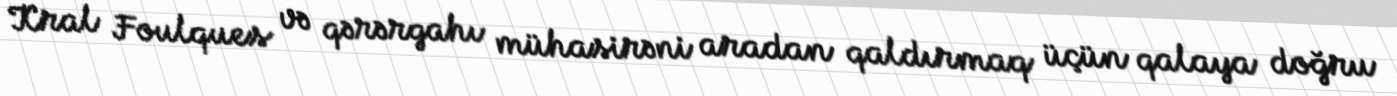
Kral Foulques və qərərgahı mühasirəni aradan qaldırmaq üçün qalaya doğru